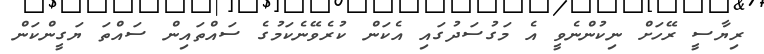
ރިޔާސީ ރޭހަށް ނިކުންނެވީ އެ މަގުސަދުގައި އެކަން ކުރެވޭނެކަމުގެ ސައްތައިން ސައްތަ ޔަގީންކަން